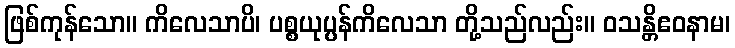
ဖြစ်ကုန်သော။ ကိလေသာပိ၊ ပစ္စယုပ္ပန်ကိလေသာ တို့သည်လည်း။ ဝသန္တိဧဝနာမ၊